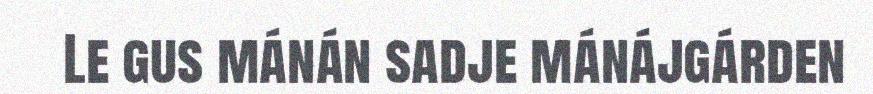
Le gus mánán sadje mánájgárden